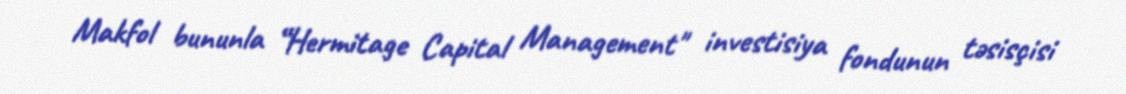
Makfol bununla “Hermitage Capital Management" investisiya fondunun təsisçisi